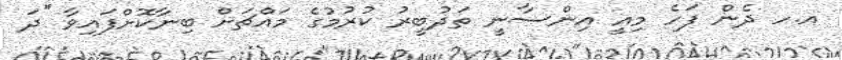
އ.ހ ދެން ފަހެ މިއީ އިންސާނީ ތަދުބީރު ކުރުމުގެ މައްޗަށް ބިނާކޮށްފައިވާ ''ދަ